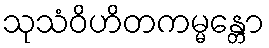
သုသံဝိဟိတကမ္မန္တော